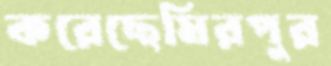
করেছেমিরপুর